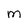
Character: m